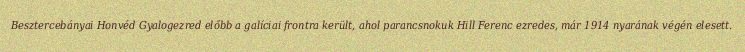
Besztercebányai Honvéd Gyalogezred előbb a galíciai frontra került, ahol parancsnokuk Hill Ferenc ezredes, már 1914 nyarának végén elesett.